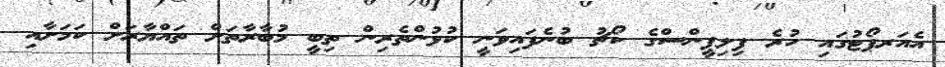
އެއަރޕޯޓުގައި ހުރެ ފިލިޕީންސްގެ ކޯޗު ބުނެފައިވަނީ ކުޅުންތެރިން ތިބީ މުބާރާތަށް ތައްޔާރަށް ކަމަށާއި